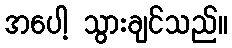
အပေါ့ သွားချင်သည်။